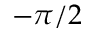
- \pi / 2